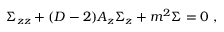
\Sigma _ { z z } + ( D - 2 ) A _ { z } \Sigma _ { z } + m ^ { 2 } \Sigma = 0 ~ ,